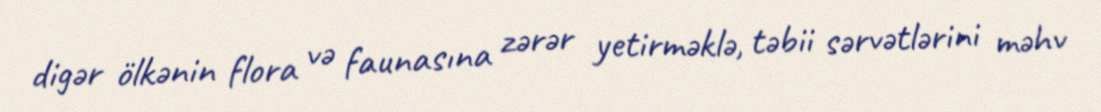
digər ölkənin flora və faunasına zərər yetirməklə, təbii sərvətlərini məhv